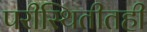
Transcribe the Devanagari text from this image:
परीस्थितीतही